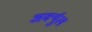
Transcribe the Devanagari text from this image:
अर्क्युल